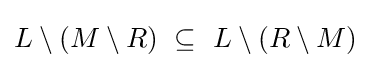
L\setminus (M\setminus R)~\subseteq ~L\setminus (R\setminus M)